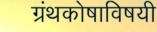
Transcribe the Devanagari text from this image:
ग्रंथकोषाविषयी